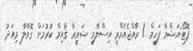
ފޮޓޯ:އަޝްވާ ފަހީމް / ރާއްޖެއެމްވީ އިސްލާމީ ޝަރީޢާ ޤާއިމް ކުރުމަށް ގޮވާލާ މިއަދު